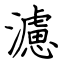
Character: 濾